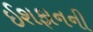
ઈશફાનની